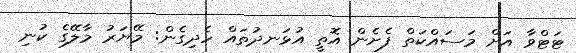
ޓަޓްވާ އަށް މަސައްކަތް ފެށެން އޮތީ އުޅަނދުތައް ހެދިގެން: މޭޔަރު މާލޭގެ ކުނި